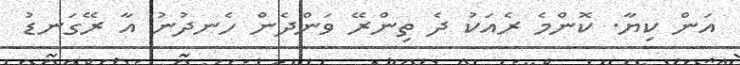
އަން ކިޔާ. ކޮންމެ ރެއަކު ދެ ތިންރޭ ވަންދެން ހެނދުނު އާ ރޭގަނޑު